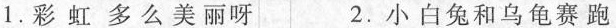
1.彩虹多么美丽呀 2.小白兔和乌龟赛跑